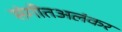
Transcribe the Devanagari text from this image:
संगीतअलंकर